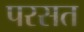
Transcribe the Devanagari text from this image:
परसत